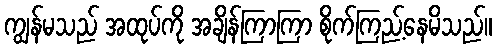
ကျွန်မသည် အထုပ်ကို အချိန်ကြာကြာ စိုက်ကြည့်နေမိသည်။